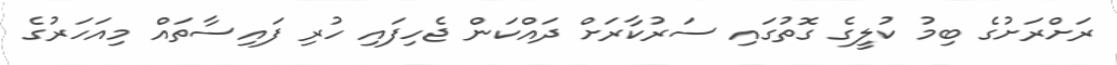
ރަށްރަށުގެ ބިމު ކުލީގެ ގޮތުގައި ސަރުކާރަށް ދައްކަން ޖެހިފައި ހުރި ފައިސާތައް މިއަހަރުގެ